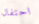
احتفال